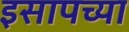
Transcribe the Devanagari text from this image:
इसापच्या